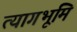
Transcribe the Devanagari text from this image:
त्यागभूमि